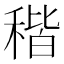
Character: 稭